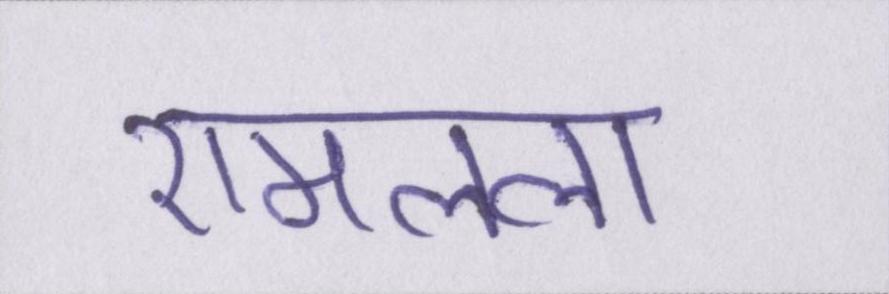
रामलला